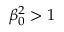
\beta _ { 0 } ^ { 2 } > 1